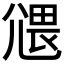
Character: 𡰂